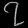
Digit: ၇